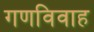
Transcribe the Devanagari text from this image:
गणविवाह